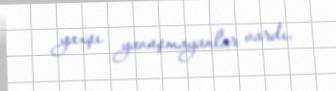
yaxşı yanaşmayanlar vardı.